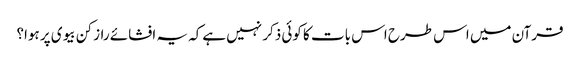
قرآن میں اس طرح اس بات کا کوئی ذکر نہیں ہےکہ یہ افشائے راز کن بیوی پر ہوا؟